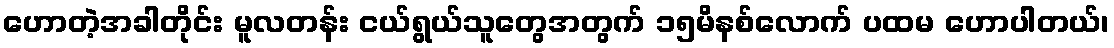
ဟောတဲ့အခါတိုင်း မူလတန်း ငယ်ရွယ်သူတွေအတွက် ၁၅မိနစ်လောက် ပထမ ဟောပါတယ်၊